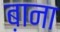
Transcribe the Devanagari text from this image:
ब़ाना